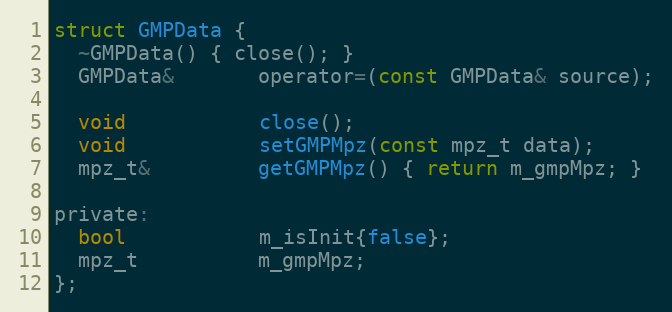
Language: C
struct GMPData {
  ~GMPData() { close(); }
  GMPData&       operator=(const GMPData& source);

  void           close();
  void           setGMPMpz(const mpz_t data);
  mpz_t&         getGMPMpz() { return m_gmpMpz; }

private:
  bool           m_isInit{false};
  mpz_t          m_gmpMpz;
};